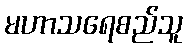
မဟာသရေစည်သူ